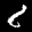
Label: 8